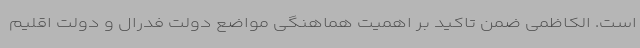
است‌. الکاظمی ضمن تاکید بر اهمیت هماهنگی مواضع دولت فدرال و دولت اقلیم